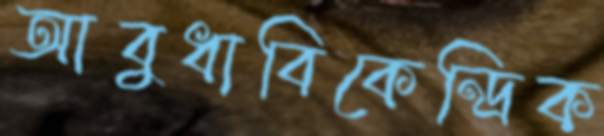
আবুধাবিকেন্দ্রিক